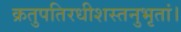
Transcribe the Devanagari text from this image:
क्रतुपतिरधीशस्तनुभृतां।